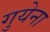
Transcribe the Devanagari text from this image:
गुयेना